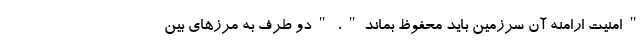
"امنیت ارامنه آن سرزمین باید محفوظ بماند"، "دو طرف به مرزهای بین‌